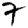
Digit: 7